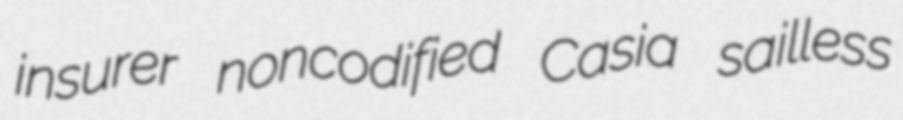
insurer noncodified Casia sailless